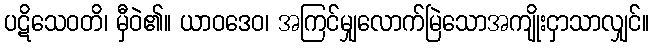
ပဋိသေဝတိ၊ မှီဝဲ၏။ ယာဝဒေဝ၊ အကြင်မျှလောက်မြဲသောအကျိုးငှာသာလျှင်။